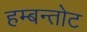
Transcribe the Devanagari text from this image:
हम्बन्तोट